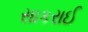
સાકરાઈ